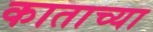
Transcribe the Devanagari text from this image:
काताच्या